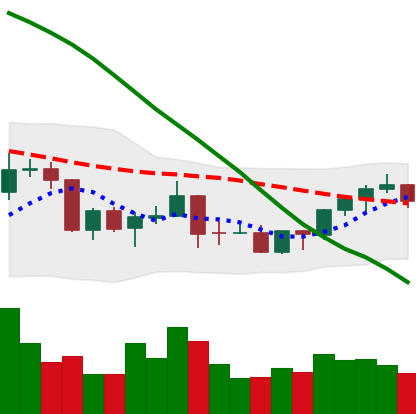
Ticker: BNB-USD
Chart end date: 2022-03-20
Forward return: 5.129%
Label: up_5_7